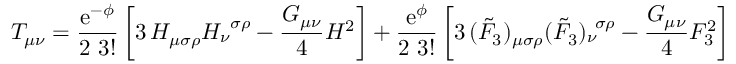
T _ { \mu \nu } = \frac { \mathrm { e } ^ { - \phi } } { 2 \, \, 3 ! } \left[ 3 \, H _ { \mu \sigma \rho } H _ { \nu } ^ { \, \, \, \sigma \rho } - \frac { G _ { \mu \nu } } { 4 } H ^ { 2 } \right] + \frac { \mathrm { e } ^ { \phi } } { 2 \, \, 3 ! } \left[ 3 \, ( \tilde { F } _ { 3 } ) _ { \mu \sigma \rho } ( \tilde { F } _ { 3 } ) _ { \nu } ^ { \, \, \, \sigma \rho } - \frac { G _ { \mu \nu } } { 4 } F _ { 3 } ^ { 2 } \right]